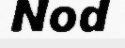
Nod